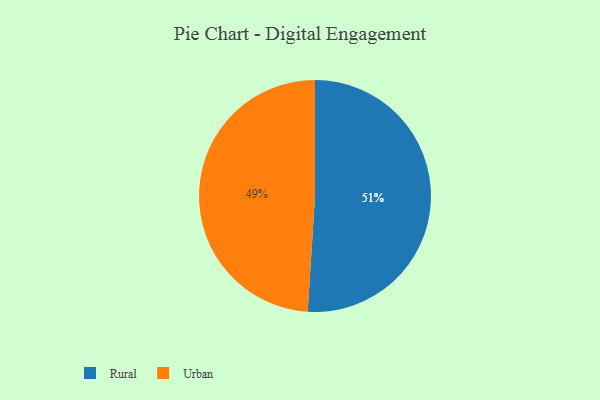
{"axis": {"x": "Category", "y": "Percentage"}, "legend": ["Rural", "Urban"], "data": [{"x": "Rural", "y": 51, "type": "Rural"}, {"x": "Urban", "y": 49, "type": "Urban"}]}